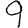
Digit: 9